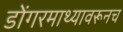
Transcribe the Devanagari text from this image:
डोंगरमाथ्यावरूनच